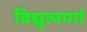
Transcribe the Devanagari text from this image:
विद्युत्पर्णा